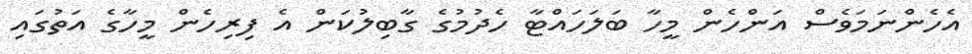
އެހެންނަމަވެސް އަންހެން މީހާ ބަލަހައްޓާ ހެދުމުގެ ގާބިލުކަން އެ ފިރިހެން މީހާގެ އަތުގައި